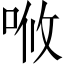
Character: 𠳘